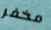
مخفر